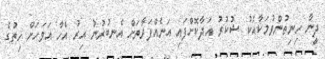
ދީނާ ހިނިތުންވުމަކާއެކު ޝުކުރު އަދާކޮށްފައި އަނެއްފަރާތަށް އެނބުރުނު އިރު އެހާ އަވަހަށް ހިތުގެ